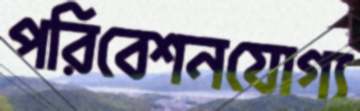
পরিবেশনযোগ্য